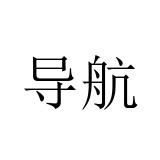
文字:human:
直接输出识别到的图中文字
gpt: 导航